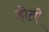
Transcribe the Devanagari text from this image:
होती